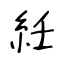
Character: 紝